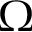
\Omega